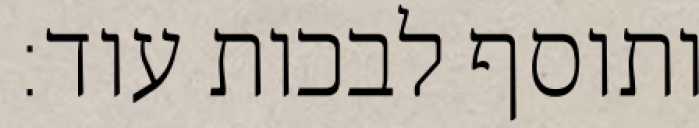
ותוסף לבכות עוד: